Bréfritari: Sigríður Pálsdóttir
Viðtakandi: Páll Pálsson
Dagsetning: A-1866-09-15
Skrifað á: Breiðabólsstað  Rang.
Páll var bróðir Sigríðar

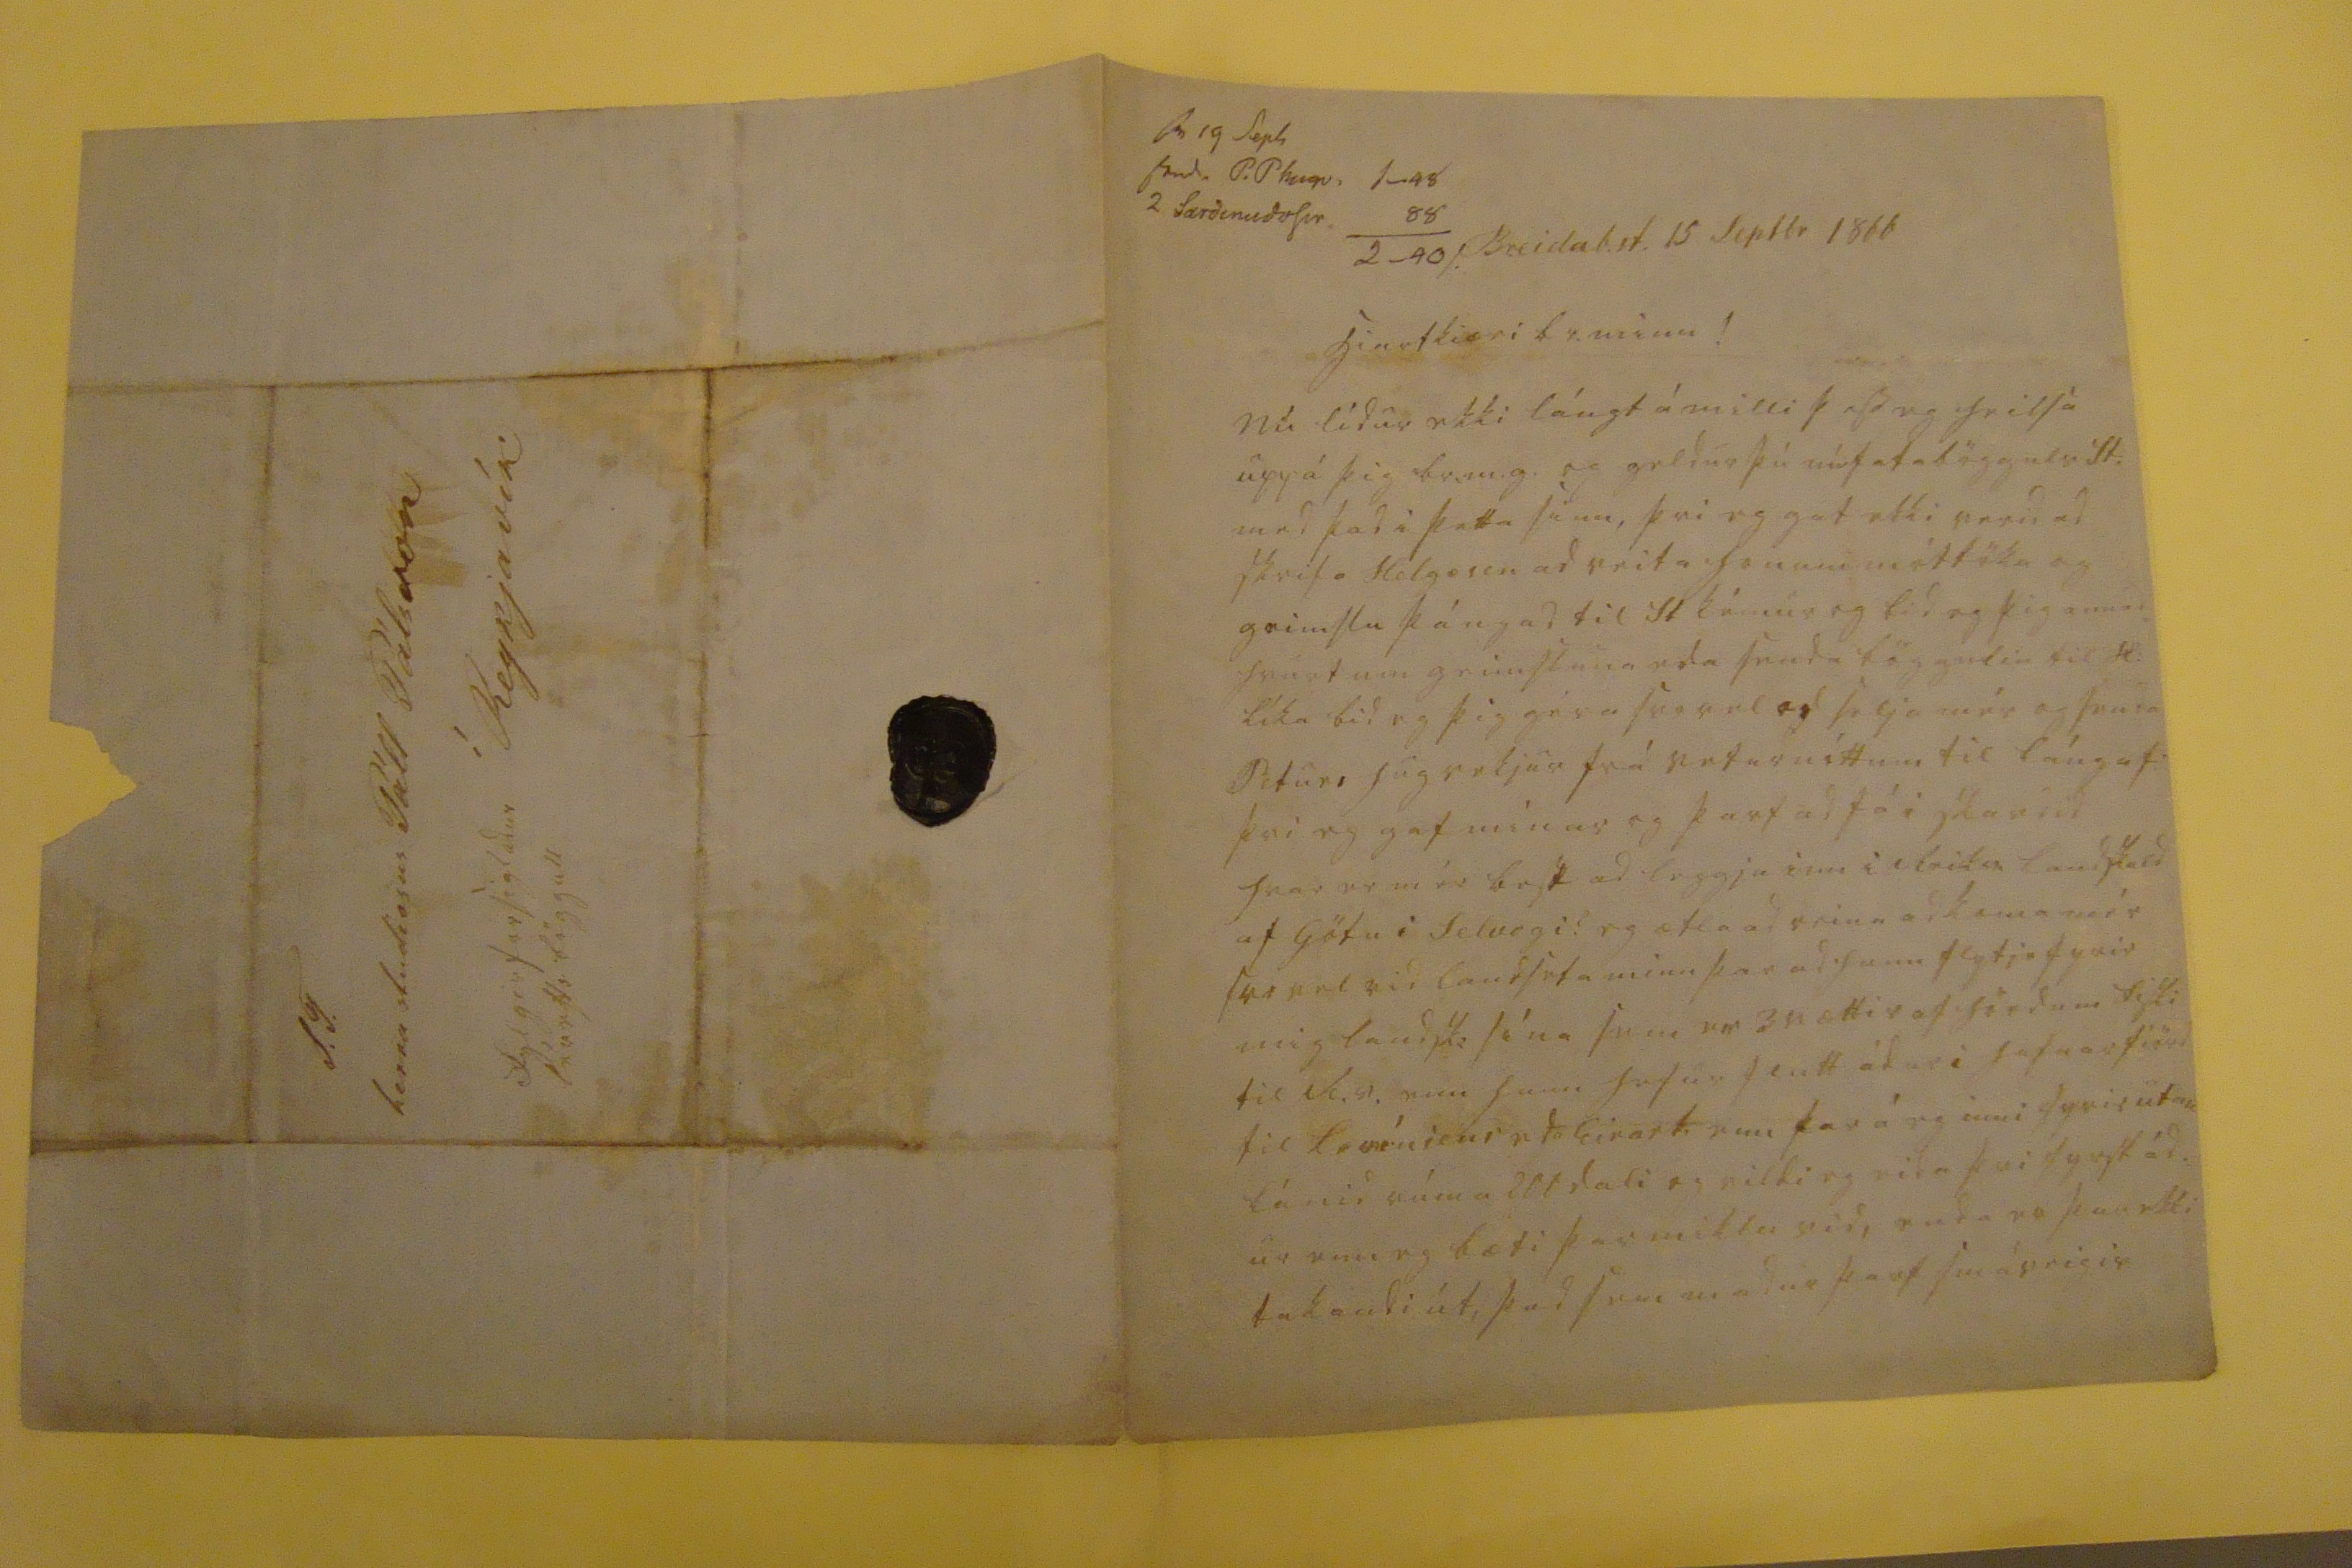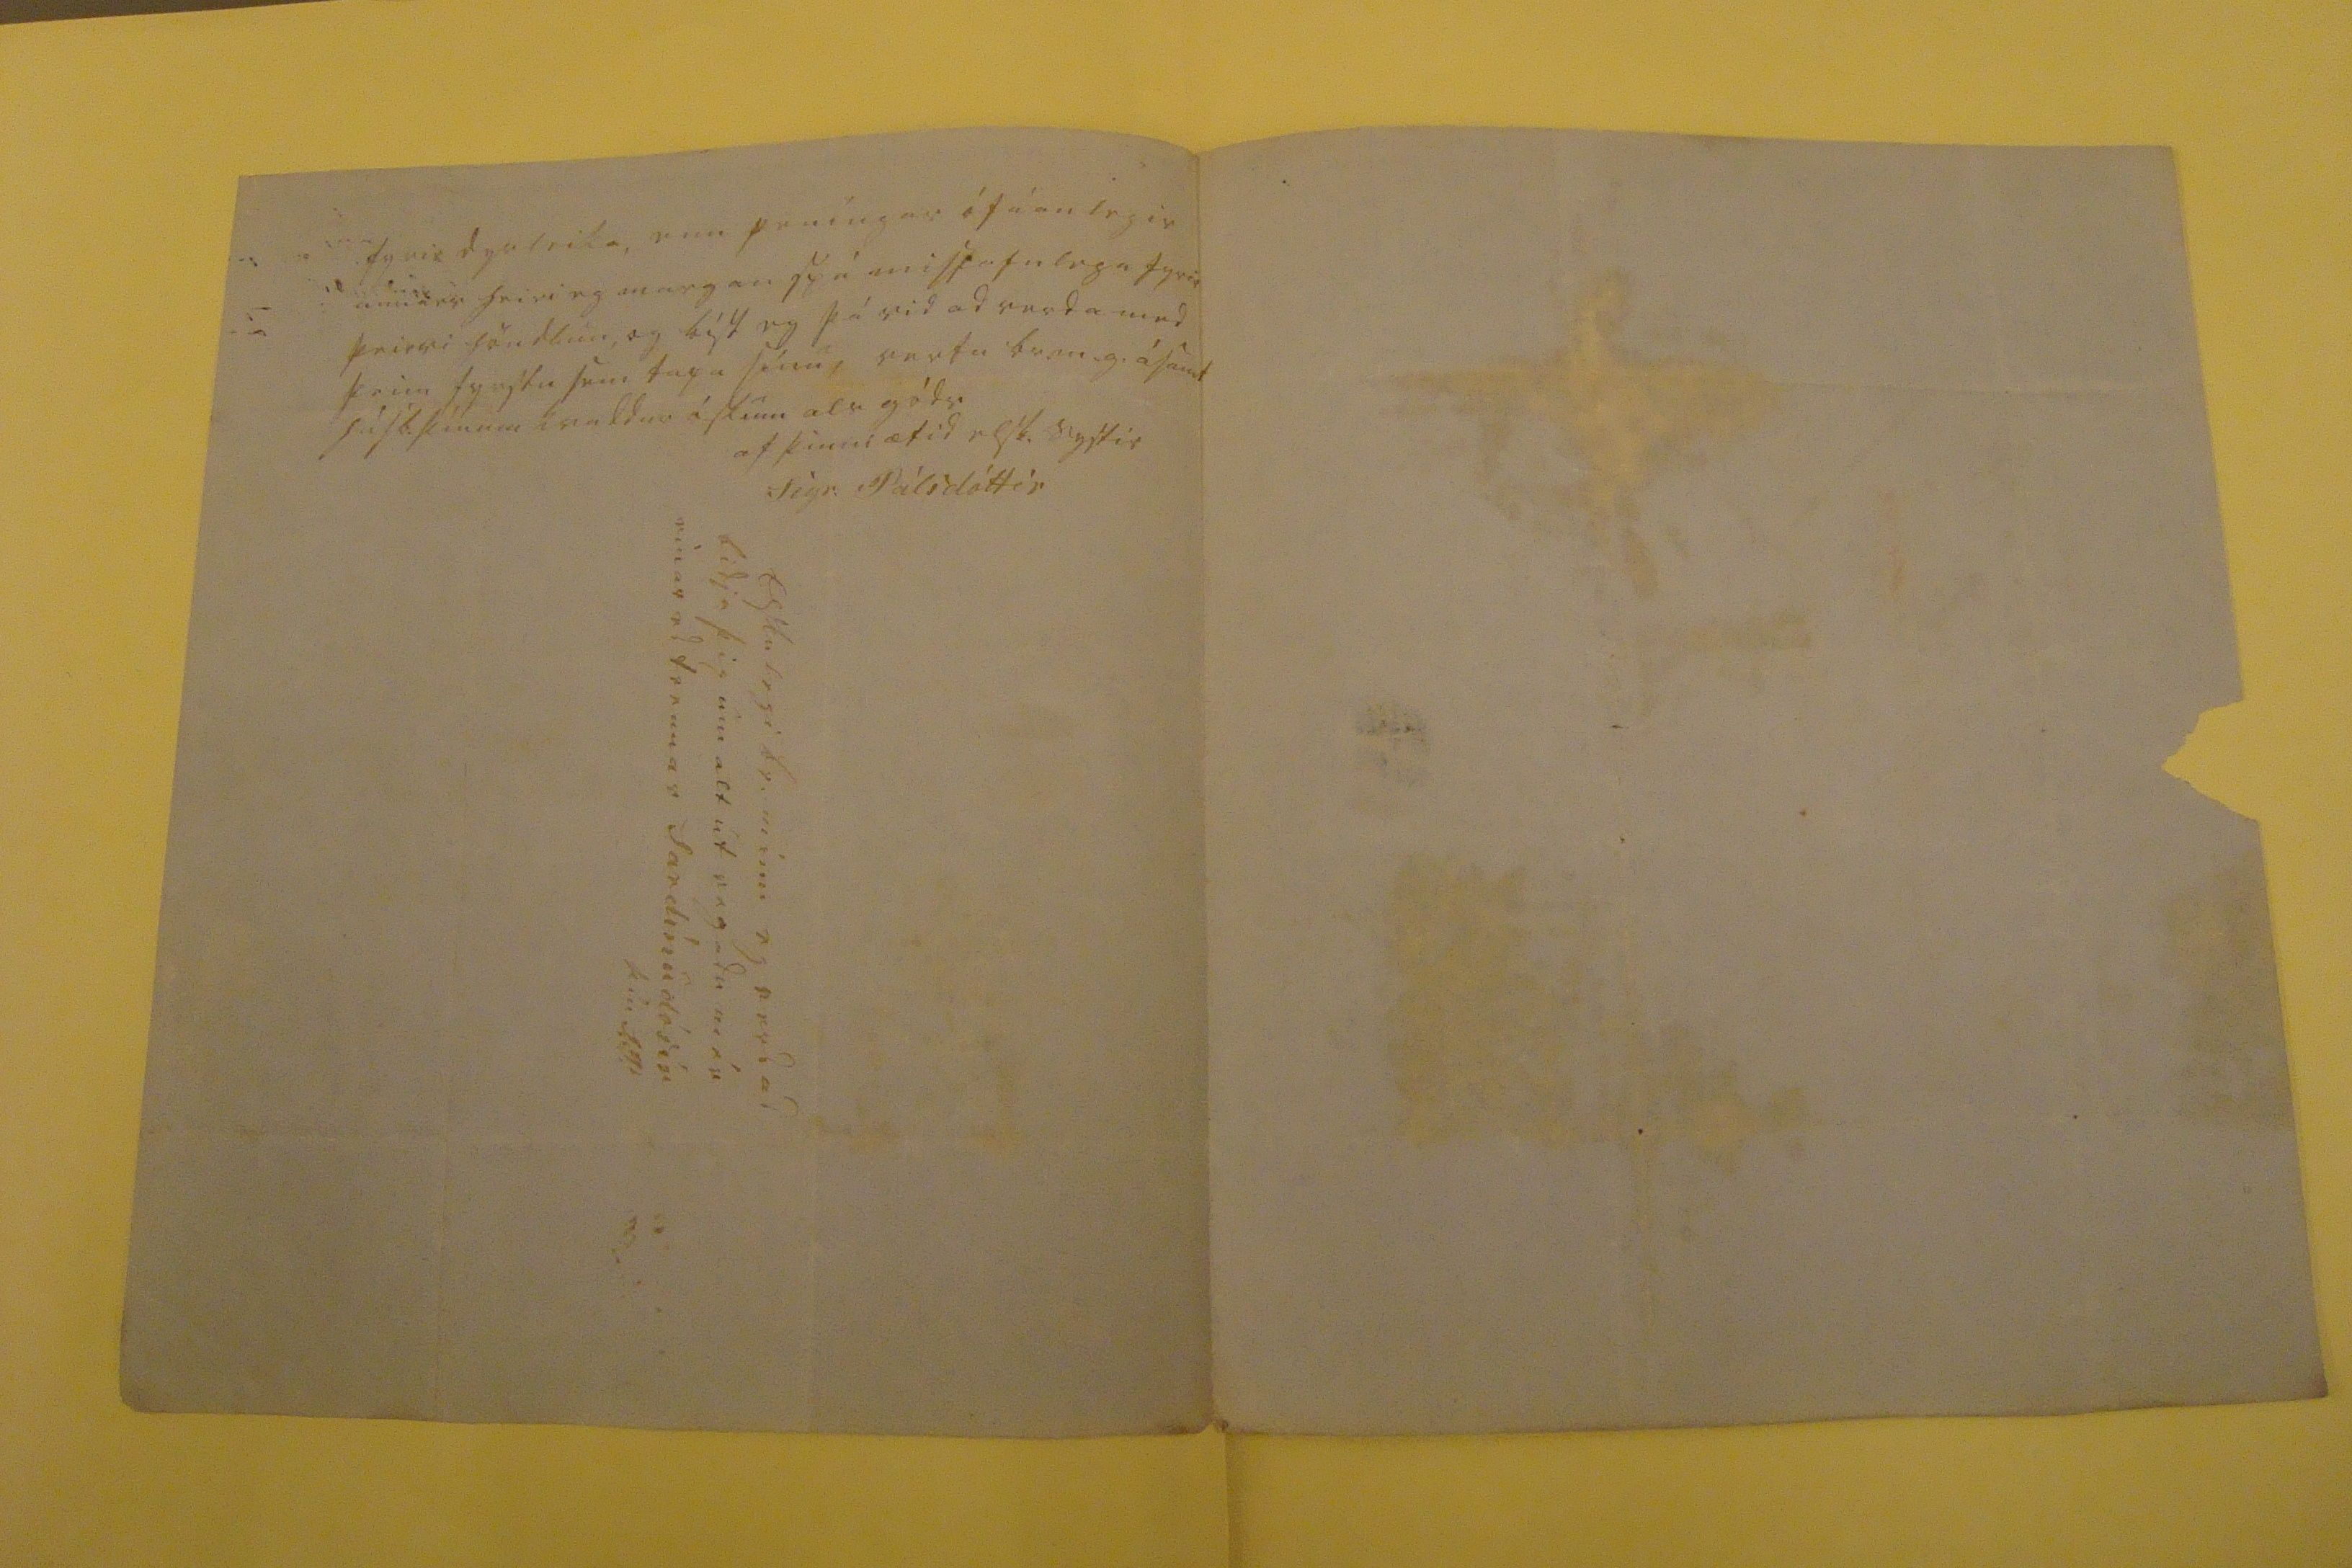

sv 19 Sep0 send. P.P hugv. 1-48 2 sardinudosir 88
Breidab.st. 15 Septbr 1866
hiartkiæri br. minn!
Nú lídur ekki lángt á milli þess eg heilsa upp á þig br.m.g. og geldur þú
nú fatabögguls
St. med þad i þetta sinn, þvi eg gat ekki verid ad skrifa Helgasen ad veita honum móttöku og geimslu þángad til St kémur og bid eg þeg annad= hvurt um geimsluna eda senda böggulin til H: líka bid eg þig géra svo vel og selja mér og senda Peturs hugvekjur frá veturnóttum til lángaf: þvi eg gaf mínar og þarf ad fá i skardid hvar er mér best ad leggja inn i Reika landskuld af Götu i Selvogi: eg ætla ad reina ad koma mér svo vel vid landseta minn þar ad hann flytje fyrir mig landsko sína sem er 3
nættir
af hördum silki til R.v. enn hann hefur flutt ádur i hafnarfiörd til
l0v0niens eda Einar 0.
enn þar á eg inni fyrir utan lánid rúma 200 dali og vildi eg eida þvi fyrst ád. ur enn eg bæti þar miklu vid, enda er þar ekki takandi út, þad sem madur þarf smáveigis
fyrir dyrleika, enn peníngar ófáanlegir annars heiri eg margan spá misjafnlega fyrir þeirri höndlun, og bíst eg vid ad verda med þeim fyrstu sem tapa sínu, vertu br.m.g. ásamt húsb. þínum kvaddur áskum als góds
af þinni ætíd elsk. systir
Sigr. Pálsdóttir
Elskulegi br. minn eg verd ad bidja þig um alt út vegadu mér einar ed tvennar sardínudósir þín S.P
S.T. herra studiosus Páll Pálsson í Reykjavík
fylgir forsigladur lérefts böggull